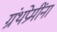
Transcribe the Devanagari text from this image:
ग्रंथप्रेमींना